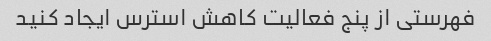
فهرستی از پنج فعالیت کاهش استرس ایجاد کنید